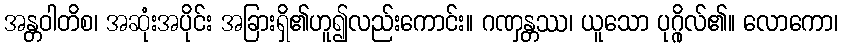
အန္တဝါတိစ၊ အဆုံးအပိုင်း အခြားရှိ၏ဟူ၍လည်းကောင်း။ ဂဏှန္တဿ၊ ယူသော ပုဂ္ဂိုလ်၏။ လောကော၊